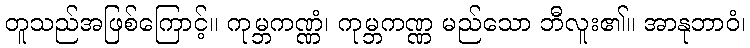
တူသည်အဖြစ်ကြောင့်။ ကုမ္ဘကဏ္ဏံ၊ ကုမ္ဘကဏ္ဏ မည်သော ဘီလူး၏။ အာနုဘာဝံ၊